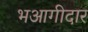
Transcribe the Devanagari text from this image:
भआगीदार